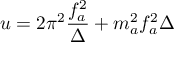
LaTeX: u = 2 \pi ^ { 2 } \frac { f _ { a } ^ { 2 } } { \Delta } + m _ { a } ^ { 2 } f _ { a } ^ { 2 } \Delta